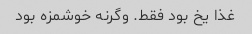
غذا یخ بود فقط. وگرنه خوشمزه بود